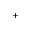
^ +